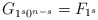
\begin{align*}G_{1^s0^{n-s}} = F_{1^s}\end{align*}